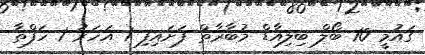
ގައުމީ 10 ބޯލް ބިލިއާޑް މުބާރާތް ފަށައިފި 1 އަހަރު 1 ހަފްތާ